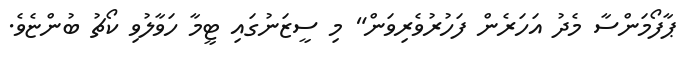
ޕާފޯމަންސާ މެދު އަހަރެން ފަހުރުވެރިވަން" މި ސީޒަނުގައި ޓީމާ ހަވާލުވި ކޯޗު ބުންޏެވެ.